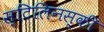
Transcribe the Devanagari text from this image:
स्टिलिनस्की